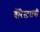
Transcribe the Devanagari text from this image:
बॅरिस्टराची